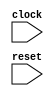
module behavior_model (
    input wire clock,
    input wire reset
);

// Behavioral modeling block triggered on positive edge of clock and negative edge of reset
always @(posedge clock or negedge reset)
begin
    if (!reset) begin
        // Reset behavior logic
    end else begin
        // Clock trigger behavior logic
    end
end

endmodule